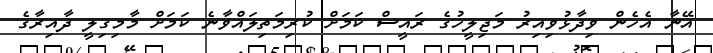
އޭނާ އެހެން ވިދާޅުވިއިރު މަޖިލީހުގެ ރައީސް ކަމަށް ކުރިމަތިލައްވާނެ ކަމަށް މާމިގިލީ ދާއިރާގެ